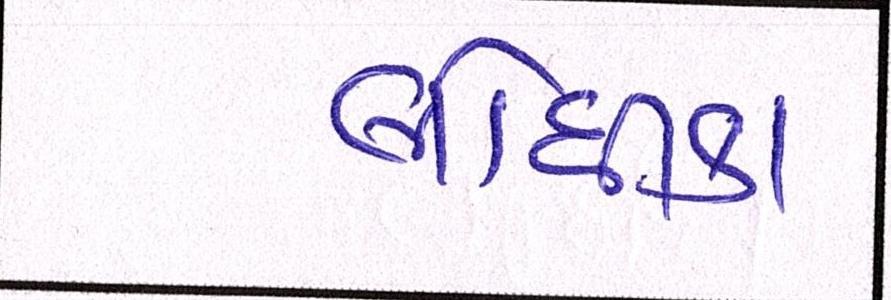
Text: લોધીકા